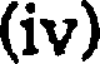
(iv)